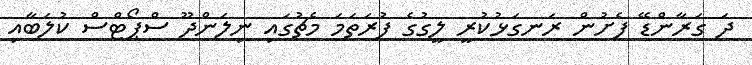
ދަ ގަރާންޑޭ ފެށުން ރަނގަޅުކުރީ ލީގުގެ ފުރަތަމަ މެޗުގައި ނިލަންދޫ ސްޕޯޓްސް ކުލަބާއި